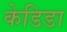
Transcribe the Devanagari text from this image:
केडिडा